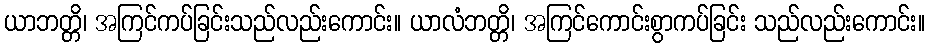
ယာဘတ္တိ၊ အကြင်ကပ်ခြင်းသည်လည်းကောင်း။ ယာလံဘတ္တိ၊ အကြင်ကောင်းစွာကပ်ခြင်း သည်လည်းကောင်း။